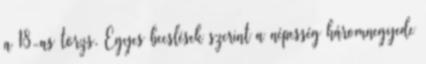
a 18-as törzs. Egyes becslések szerint a népesség háromnegyede